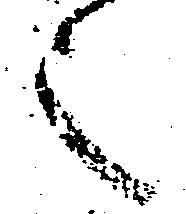
之